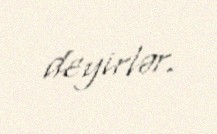
deyirlər.